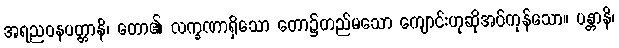
အရညဝနပတ္တာနိ၊ တော၏ လက္ခဏာရှိသော တော၌တည်မသော ကျောင်းဟုဆိုအပ်ကုန်သော။ ပန္တာနိ၊